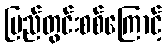
ပြည်တွင်းစစ်ကြောင့်